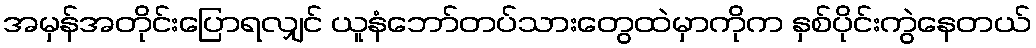
အမှန်အတိုင်းပြောရလျှင် ယူနံဘော်တပ်သားတွေထဲမှာကိုက နှစ်ပိုင်းကွဲနေတယ်